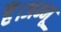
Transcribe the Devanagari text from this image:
हैं।जम्मू